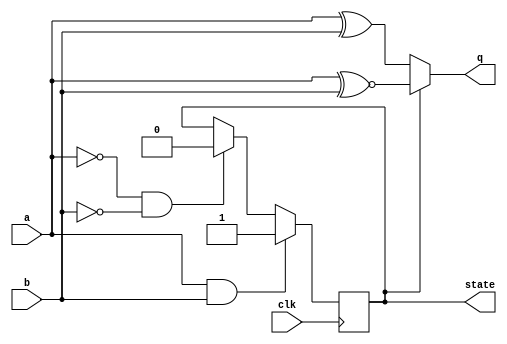
module top_module (
    input clk,
    input a,
    input b,
    output q,
    output state  );
    
    always @(*) begin
        if(state)
            q = a ~^ b;
        else
            q = a ^ b;
    end
    
    always @(posedge clk) begin
        if(a & b)
       		state <= 1;
        else if (~a & ~b)
            state <= 0;
	end

endmodule